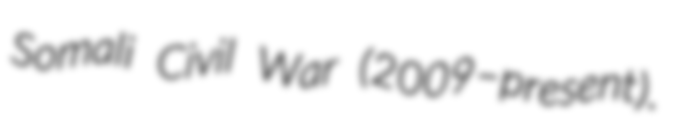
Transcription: Somali Civil War (2009–present).